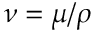
\nu = \mu / \rho